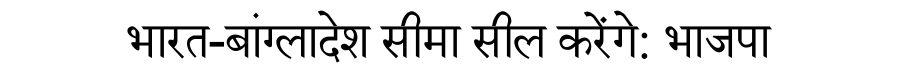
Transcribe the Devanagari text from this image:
भारत-बांग्लादेश सीमा सील करेंगे: भाजपा